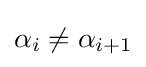
\alpha _{i}\neq \alpha _{i+1}